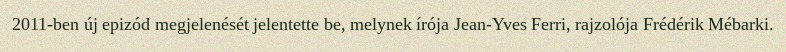
2011-ben új epizód megjelenését jelentette be, melynek írója Jean-Yves Ferri, rajzolója Frédérik Mébarki.